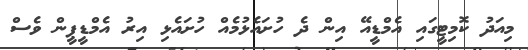
މިއަދު ކޮމިޓީގައި އެމްޑީއޭ އިން ދެ ހުށައެޅުމެއް ހުށައެޅި އިރު އެމްޑީޕީން ވެސް